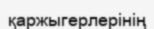
қаржыгерлерінің